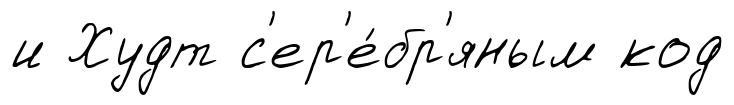
и Худт с'ер'е́бр'яным код